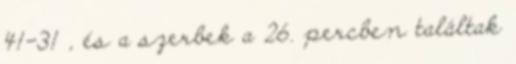
41-31 , és a szerbek a 26. percben találtak